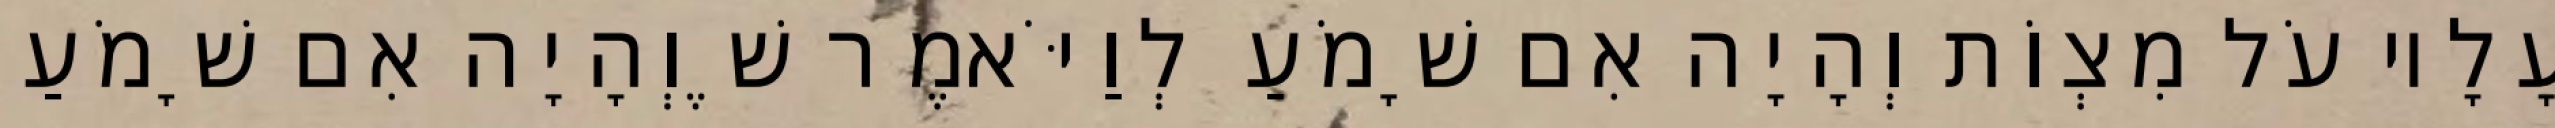
עָלָיו עֹל מִצְוֹת וְהָיָה אִם שָׁמֹעַ לְוַיֹּאמֶר שֶׁוְהָיָה אִם שָׁמֹעַ